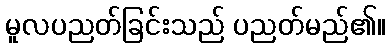
မူလပညတ်ခြင်းသည် ပညတ်မည်၏။